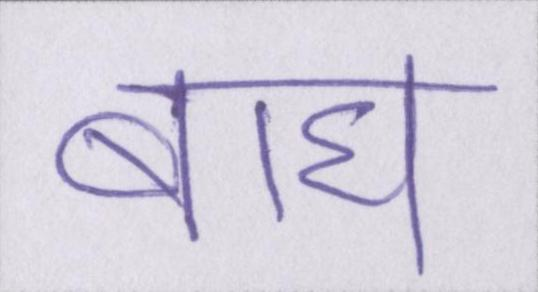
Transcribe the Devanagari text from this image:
बाघ